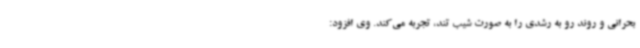
بحرانی و روند رو به رشدی را به صورت شیب تند، تجربه می‌کند. وی افزود: